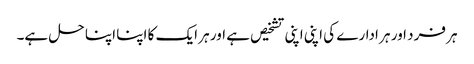
ہر فرد اور ہر ادارے کی اپنی اپنی تشخیص ہے اور ہر ایک کا اپنا اپنا حل ہے۔